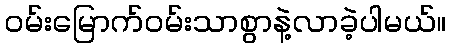
ဝမ်းမြောက်ဝမ်းသာစွာနဲ့လာခဲ့ပါမယ်။